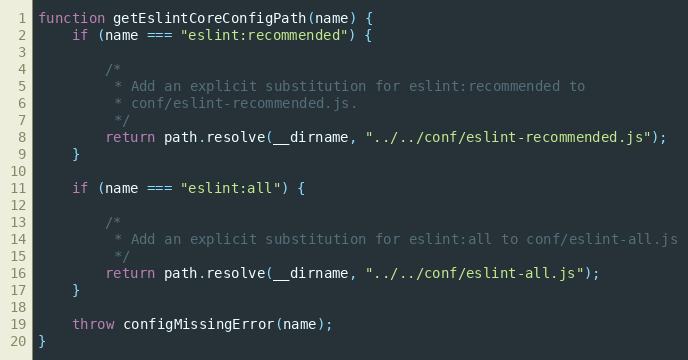
Language: JavaScript
function getEslintCoreConfigPath(name) {
    if (name === "eslint:recommended") {

        /*
         * Add an explicit substitution for eslint:recommended to
         * conf/eslint-recommended.js.
         */
        return path.resolve(__dirname, "../../conf/eslint-recommended.js");
    }

    if (name === "eslint:all") {

        /*
         * Add an explicit substitution for eslint:all to conf/eslint-all.js
         */
        return path.resolve(__dirname, "../../conf/eslint-all.js");
    }

    throw configMissingError(name);
}